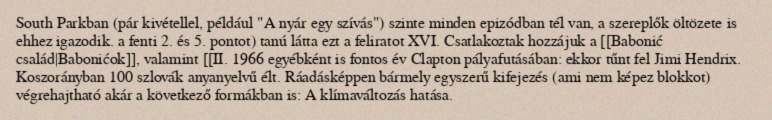
South Parkban (pár kivétellel, például "A nyár egy szívás") szinte minden epizódban tél van, a szereplők öltözete is ehhez igazodik. a fenti 2. és 5. pontot) tanú látta ezt a feliratot XVI. Csatlakoztak hozzájuk a [[Babonić család|Babonićok]], valamint [[II. 1966 egyébként is fontos év Clapton pályafutásában: ekkor tűnt fel Jimi Hendrix. Koszorányban 100 szlovák anyanyelvű élt. Ráadásképpen bármely egyszerű kifejezés (ami nem képez blokkot) végrehajtható akár a következő formákban is: A klímaváltozás hatása.